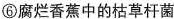
⑥腐烂香蕉中的枯草杆菌